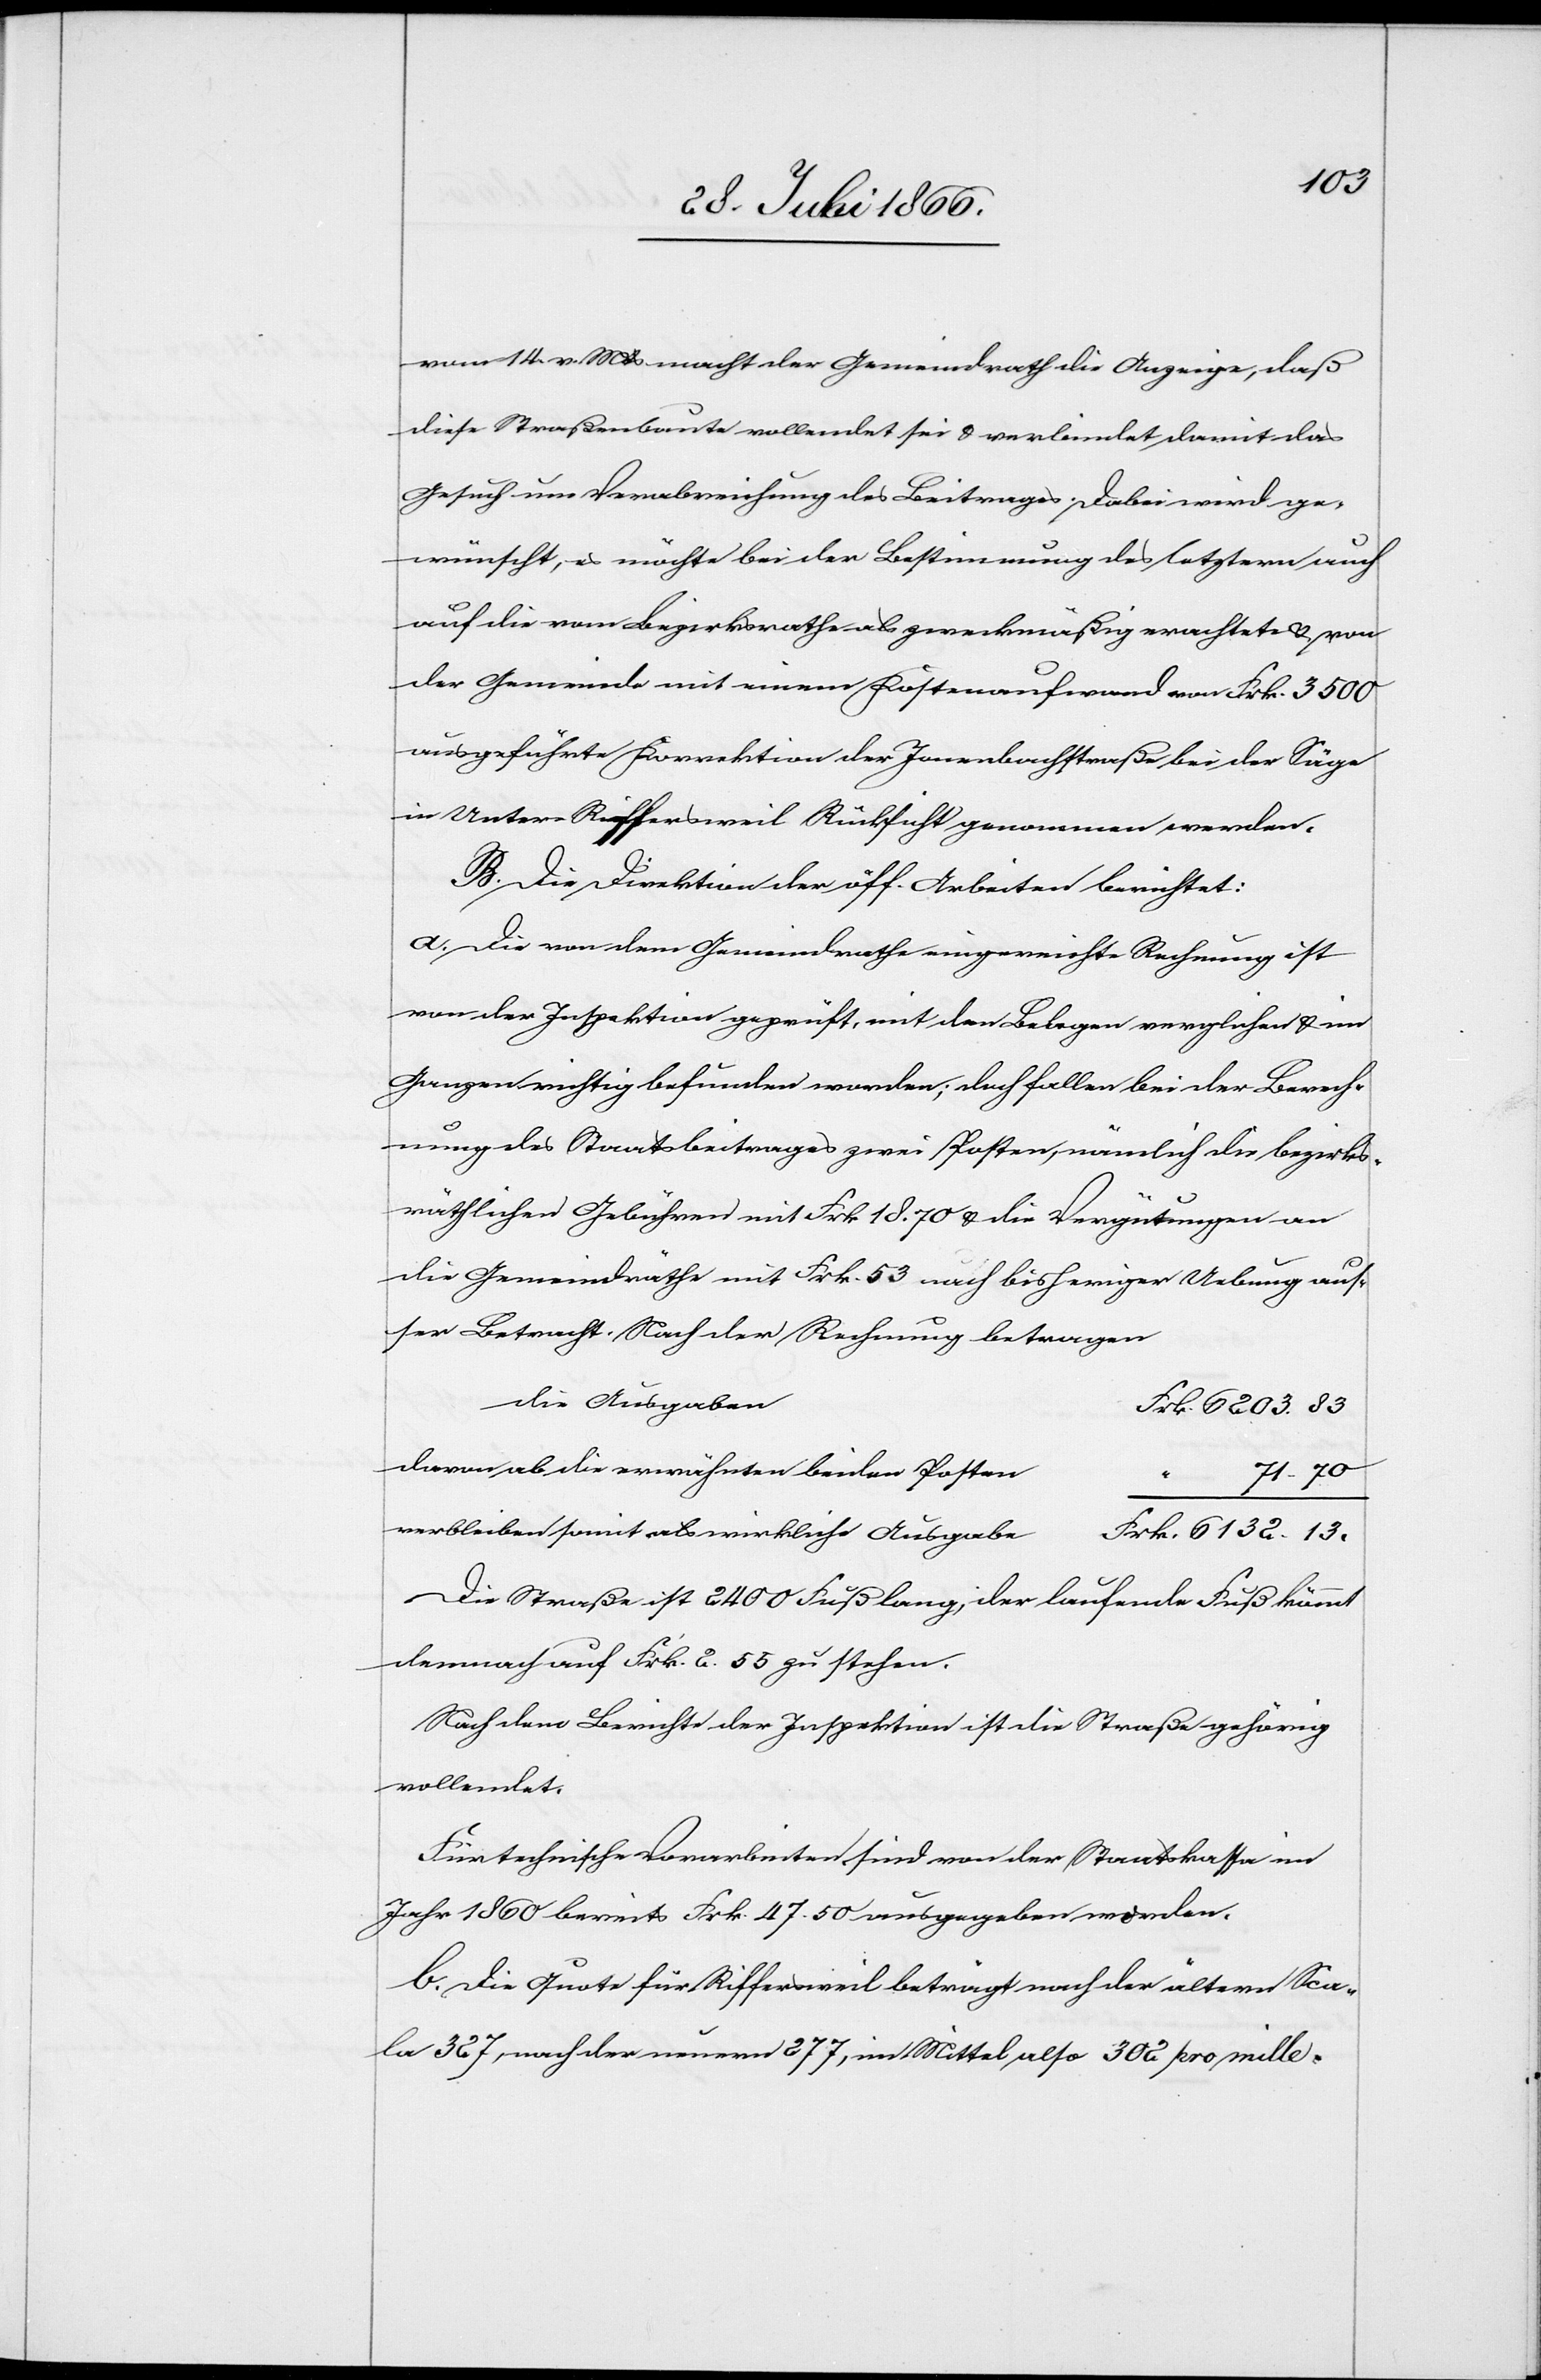
13
vom 14. v. Mts macht der Gemeindrath die Anzeige, daß
diese Straßenbaute vollendet sei u. verbindet damit das
Gesuch um Verabreichung des Beitrages. Dabei wird ge¬
wünscht, es möchte bei der Bestimmung des letztern auch
auf die vom Bezirksrathe als zweckmäßig erachtete u. von
der Gemeinde mit einem Kostenaufwand von Frk. 3500
ausgeführte Korrektion der Jonenbachstraße bei der Säge
in Unter Riffersweil Rücksicht genommen werden.
B. Die Direktion der öff. Arbeiten berichtet:
a. Die von dem Gemeindrathe eingereichte Rechnung ist
von der Inspektion geprüft, mit den Belegen verglichen u. im
Ganzen richtig befunden worden; doch fallen bei der Berech¬
nung des Staatsbeitrages zwei Posten, nämlich die bezirks¬
räthlichen Gebühren mit Frk. 18.70 u. die Vergütungen an
die Gemeindräthe mit Frk. 53 nach bisheriger Uebung aus¬
ser Betracht. Nach der Rechnung betragen
die Ausgaben
davon ab die erwähnten beiden Posten
“
verbleiben somit als wirkliche Ausgabe
Die Straße ist 2400 Fuß lang, der laufende Fuß kömmt
demnach auf Frk. 2.55 zu stehen.
Nach dem Bericht der Inspektion ist die Straße gehörig
vollendet.
Für technische Vorarbeiten sind von der Staatskasse im
Jahr 1860 bereits Frk. 47.50 ausgegeben worden.
b. Die Quote für Riffersweil beträgt nach der ältern Sca¬
la 327, nach der neuern 277, im Mittel also 302 pro Mille.